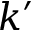
k ^ { \prime }